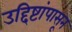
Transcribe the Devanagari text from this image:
उद्दिष्टांपासून